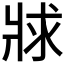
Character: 𤕾